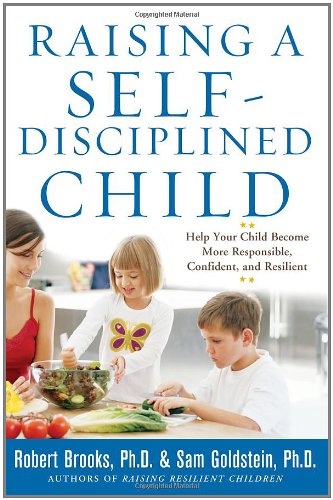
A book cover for Raising a Self-Disciplined Child: Help Your Child Become More Responsible, Confident, and Resilient; Dr. Robert Brooks; Parenting & Relationships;